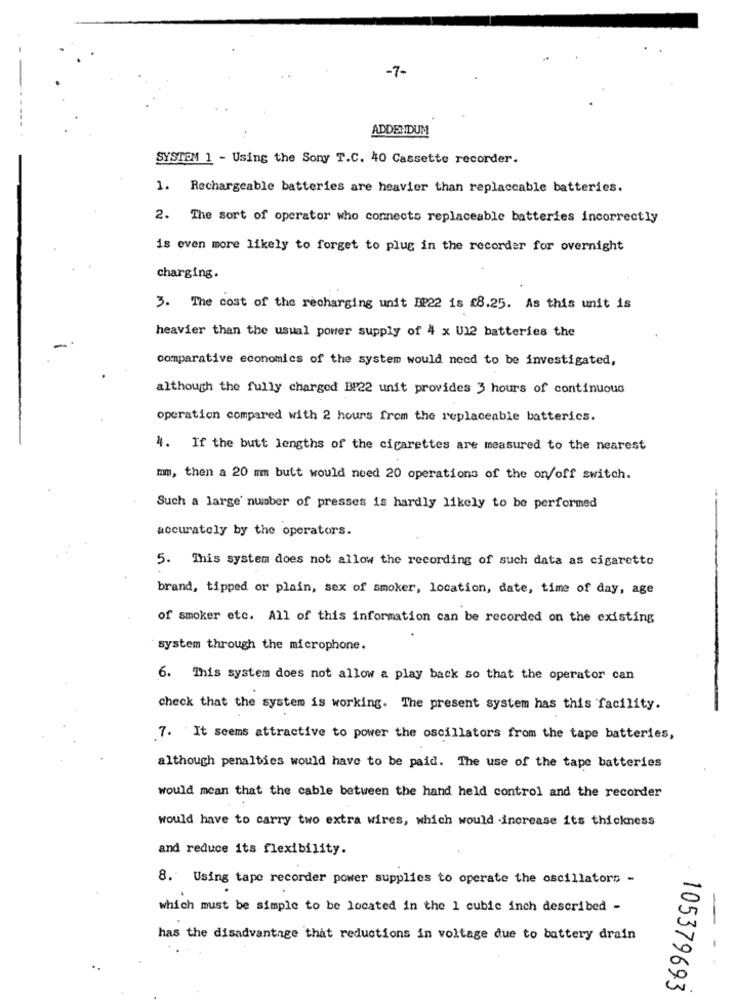
-7-
ADDENDUM
SYSTEM 1 - Using the Sony T.C. 40 Cassette recorder.
1. Rechargeable batteries are heavier than replaccable batteries.
2. The sort of operator who connects replaceable batteries incorrectly
is even more likely to forget to plug in the recorder for overnight
charging.
3. The cost of the recharging unit EP22 is 18.25. As this unit is
heavier than the usual power supply of 4 x U12 batteries the
comparative economics of the system would need to be investigated,
although the fully charged BP22 unit provides 3 hours of continuous
operation compared with 2 hours from the replaceable batterics.
4. If the butt lengths of the cigarettes are measured to the nearest
mm, then a 20 mm butt would need 20 operations of the on/off switch.
Such a large number of presses is hardly likely to be performed
accurately by the operators.
5. This system does not allow the recording of such data as cigarette
brand, tipped or plain, sex of smoker, location, date, time of day, age
of smoker etc. All of this information can be recorded on the existing
system through the microphone.
6. This system does not allow a play back so that the operator can
check that the system is working. The present system has this facility.
7. It seems attractive to power the oscillators from the tape batteries,
although penalties would have to be paid. The use of the tape batteries
would mean that the cable between the hand held control and the recorder
would have to carry two extra wires, which would increase its thickness
and reduce its flexibility.
8. Using tape recorder power supplies to operate the oscillators -
which must be simple to be located in the 1 cubic inch described -
has the disadvantage that reductions in voltage due to battery drain
105379693